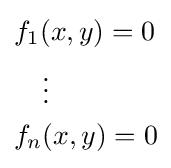
{\begin{aligned}&f_{1}(x,y)=0\\&\quad \vdots \\&f_{n}(x,y)=0\end{aligned}}